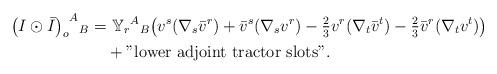
LaTeX: \begin{align*}{\big(I\odot\bar{I}\big)_o}^{A}{}_{B} = & \,\,{\mathbb Y}_{r}{}^A{}_B\big(v^s(\nabla_s\bar{v}^r)+\bar{v}^s(\nabla_s{v}^r)-\tfrac{2}{3}v^r(\nabla_t\bar{v}^t)-\tfrac{2}{3}\bar{v}^r(\nabla_t{v}^t)\big) \\& + \mathrm{"lower\,\, adjoint\,\, tractor \,\, slots"}.\end{align*}